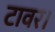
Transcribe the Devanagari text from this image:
टावर।